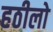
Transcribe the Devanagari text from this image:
हठीलो